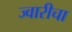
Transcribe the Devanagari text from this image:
ज्वारीचा